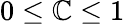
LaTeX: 0\le\mathbb{C}\le1